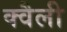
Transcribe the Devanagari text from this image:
क्वैली